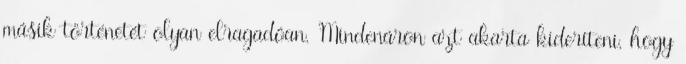
másik történetét olyan elragadóan. Mindenáron azt akarta kideríteni, hogy